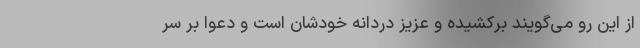
از این رو می‌گویند برکشیده و عزیز دُردانه خودشان است و دعوا بر سر